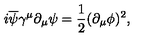
i \overline { { \psi } } \gamma ^ { \mu } \partial _ { \mu } \psi = \frac { 1 } { 2 } ( \partial _ { \mu } \phi ) ^ { 2 } ,